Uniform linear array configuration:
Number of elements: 12
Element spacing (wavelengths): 0.75
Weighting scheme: hann
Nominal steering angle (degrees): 30
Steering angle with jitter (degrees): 29.862
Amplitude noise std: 0.05
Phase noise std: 0.05

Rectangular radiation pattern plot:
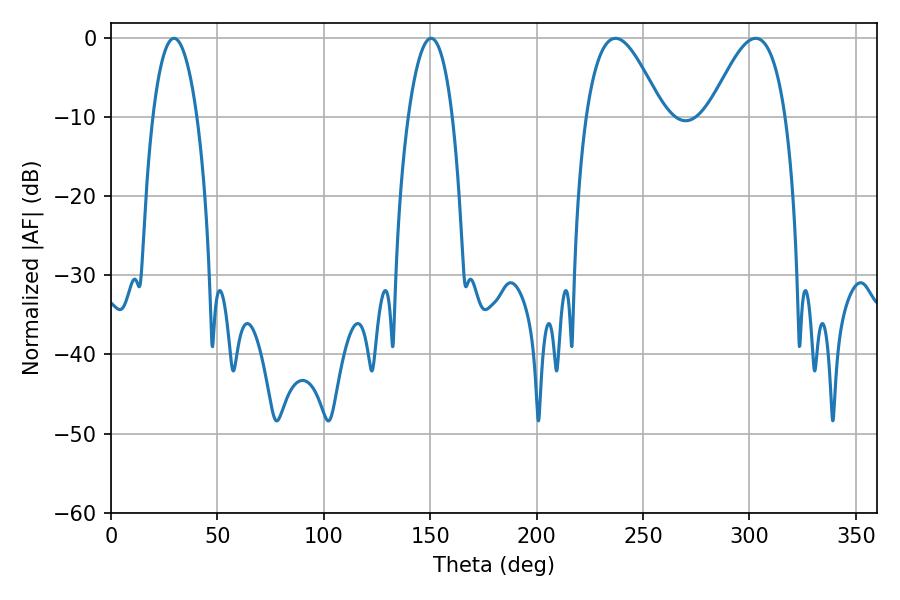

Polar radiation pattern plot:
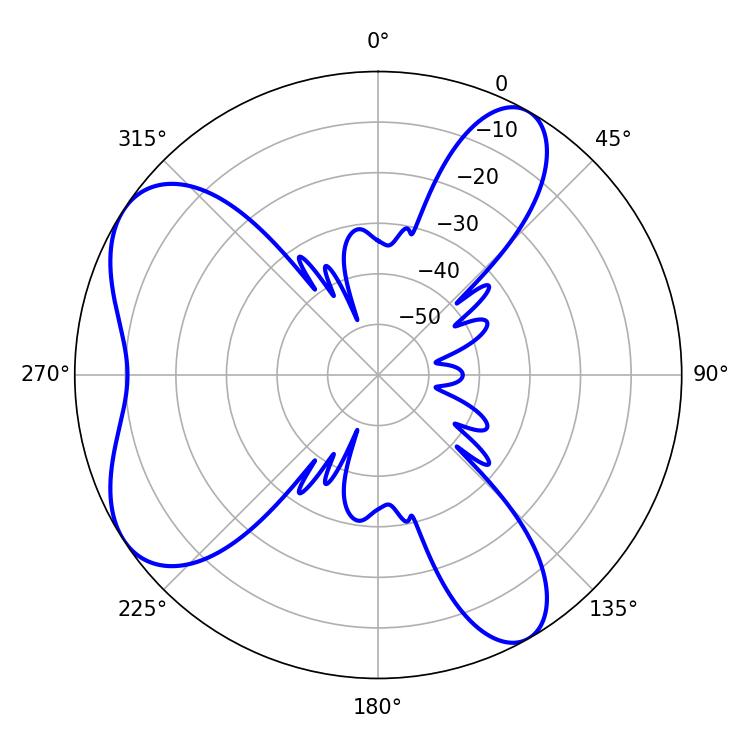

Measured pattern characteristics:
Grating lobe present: TRUE
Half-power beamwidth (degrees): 19.44
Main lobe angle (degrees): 237.06